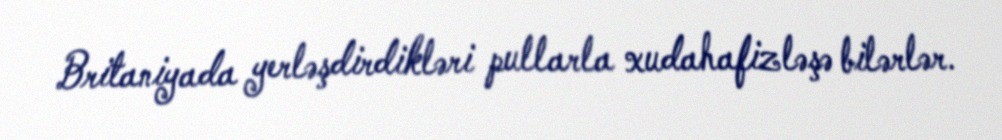
Britaniyada yerləşdirdikləri pullarla xudahafizləşə bilərlər.